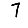
Digit: 7